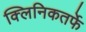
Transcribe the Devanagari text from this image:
क्‍लिनिकतर्फे